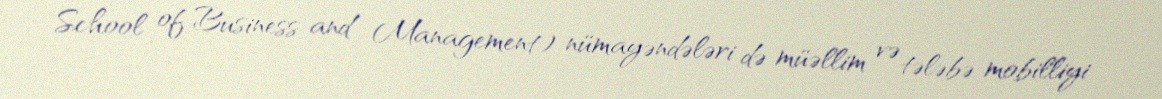
School of Business and Management) nümayəndələri də müəllim və tələbə mobilliyi